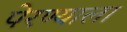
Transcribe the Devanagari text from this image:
पेरण्याला